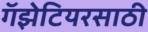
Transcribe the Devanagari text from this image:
गॅझेटियरसाठी